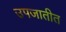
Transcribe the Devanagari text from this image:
उपजातीत